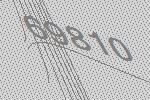
69810